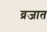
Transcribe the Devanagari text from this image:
व्रजात